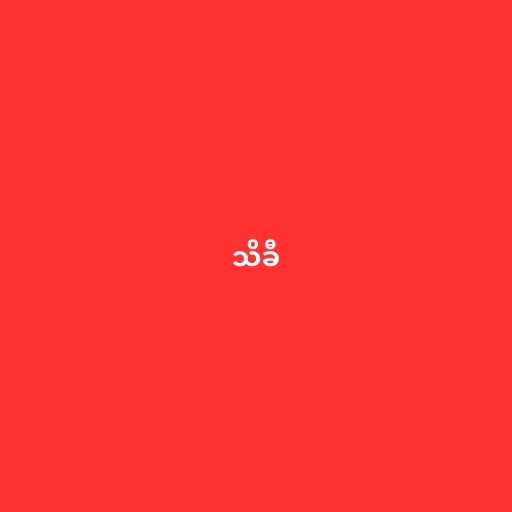
သိခီ